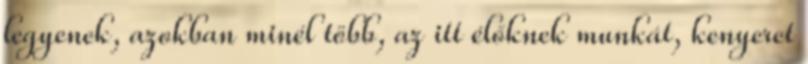
legyenek, azokban minél több, az itt élőknek munkát, kenyeret